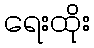
ရေးထိုး